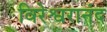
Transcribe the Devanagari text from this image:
विरेश्वरानंद